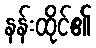
နန်းထိုင်၏